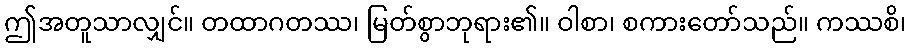
ဤအတူသာလျှင်။ တထာဂတဿ၊ မြတ်စွာဘုရား၏။ ဝါစာ၊ စကားတော်သည်။ ကဿစိ၊